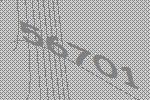
56701